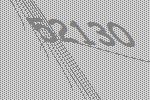
52130